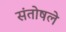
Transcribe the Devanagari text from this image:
संतोषले